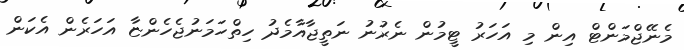
މެނޭޖްމަންޓް އިން މި އަހަރު ޓީމުން ނެރުނު ނަތީޖާއާމެދު ހިތްހަމަނުޖެހެންޏާ އަހަރެން އެކަން